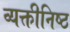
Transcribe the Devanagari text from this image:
व्यक्तीनिष्ठ